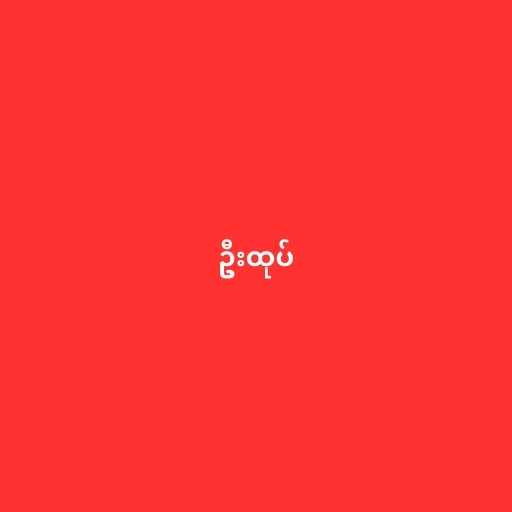
ဦးထုပ်